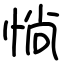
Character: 惝